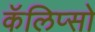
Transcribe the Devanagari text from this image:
कॅलिप्सो